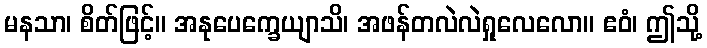
မနသာ၊ စိတ်ဖြင့်။ အနုပေက္ခေယျာသိ၊ အဖန်တလဲလဲရှုလေလော။ ဧဝံ၊ ဤသို့